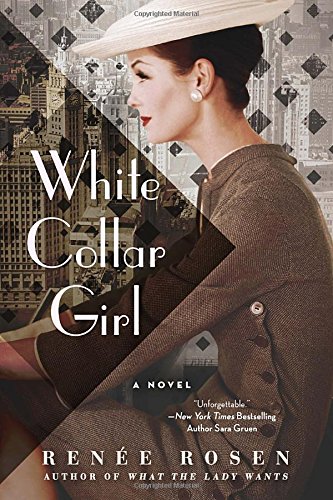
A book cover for White Collar Girl: A Novel; RenÃ©e Rosen; Romance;